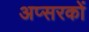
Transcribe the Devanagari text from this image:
अप्सरकों